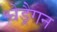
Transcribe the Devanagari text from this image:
श्वेड्रैगन